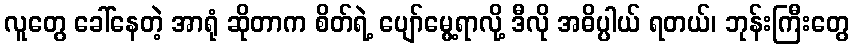
လူတွေ ခေါ်နေတဲ့ အာရုံ ဆိုတာက စိတ်ရဲ့ ပျော်မွေ့ရာလို့ ဒီလို အဓိပ္ပါယ် ရတယ်၊ ဘုန်းကြီးတွေ